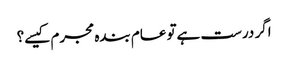
اگر درست ہےتو عام بندہ مجرم کیسے؟